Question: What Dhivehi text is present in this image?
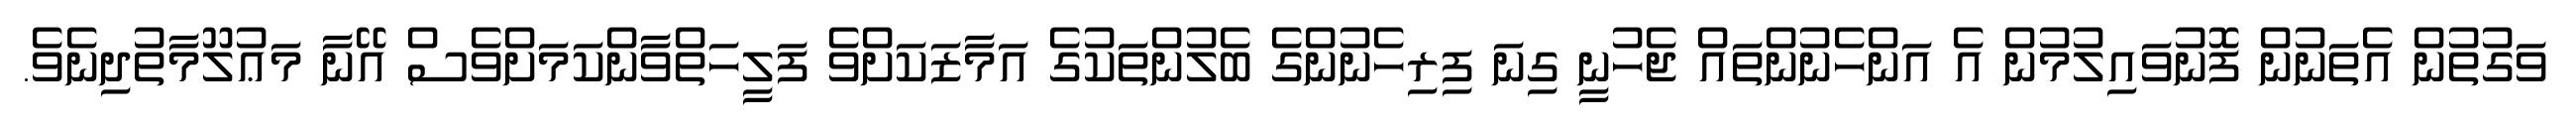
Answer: ވަގުތުން އެތަނުން ފޮނުވައިލުމުން އެ އަންހެނުންތައް ޖެހުނީ ގިނަ ފިރިހެނުންގެ ބެލުންތަކުގެ އަމާޒަކަށްވެ ފަލީހަތްވާންކަމަށްވެސް އޭނާ މަޢުލޫމާތުދިނެވެ.